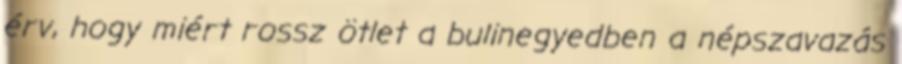
érv, hogy miért rossz ötlet a bulinegyedben a népszavazás